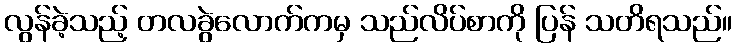
လွန်ခဲ့သည့် တလခွဲလောက်ကမှ သည်လိပ်စာကို ပြန် သတိရသည်။